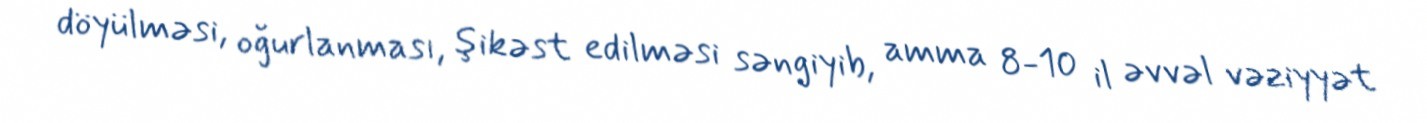
döyülməsi, oğurlanması, şikəst edilməsi səngiyib, amma 8-10 il əvvəl vəziyyət